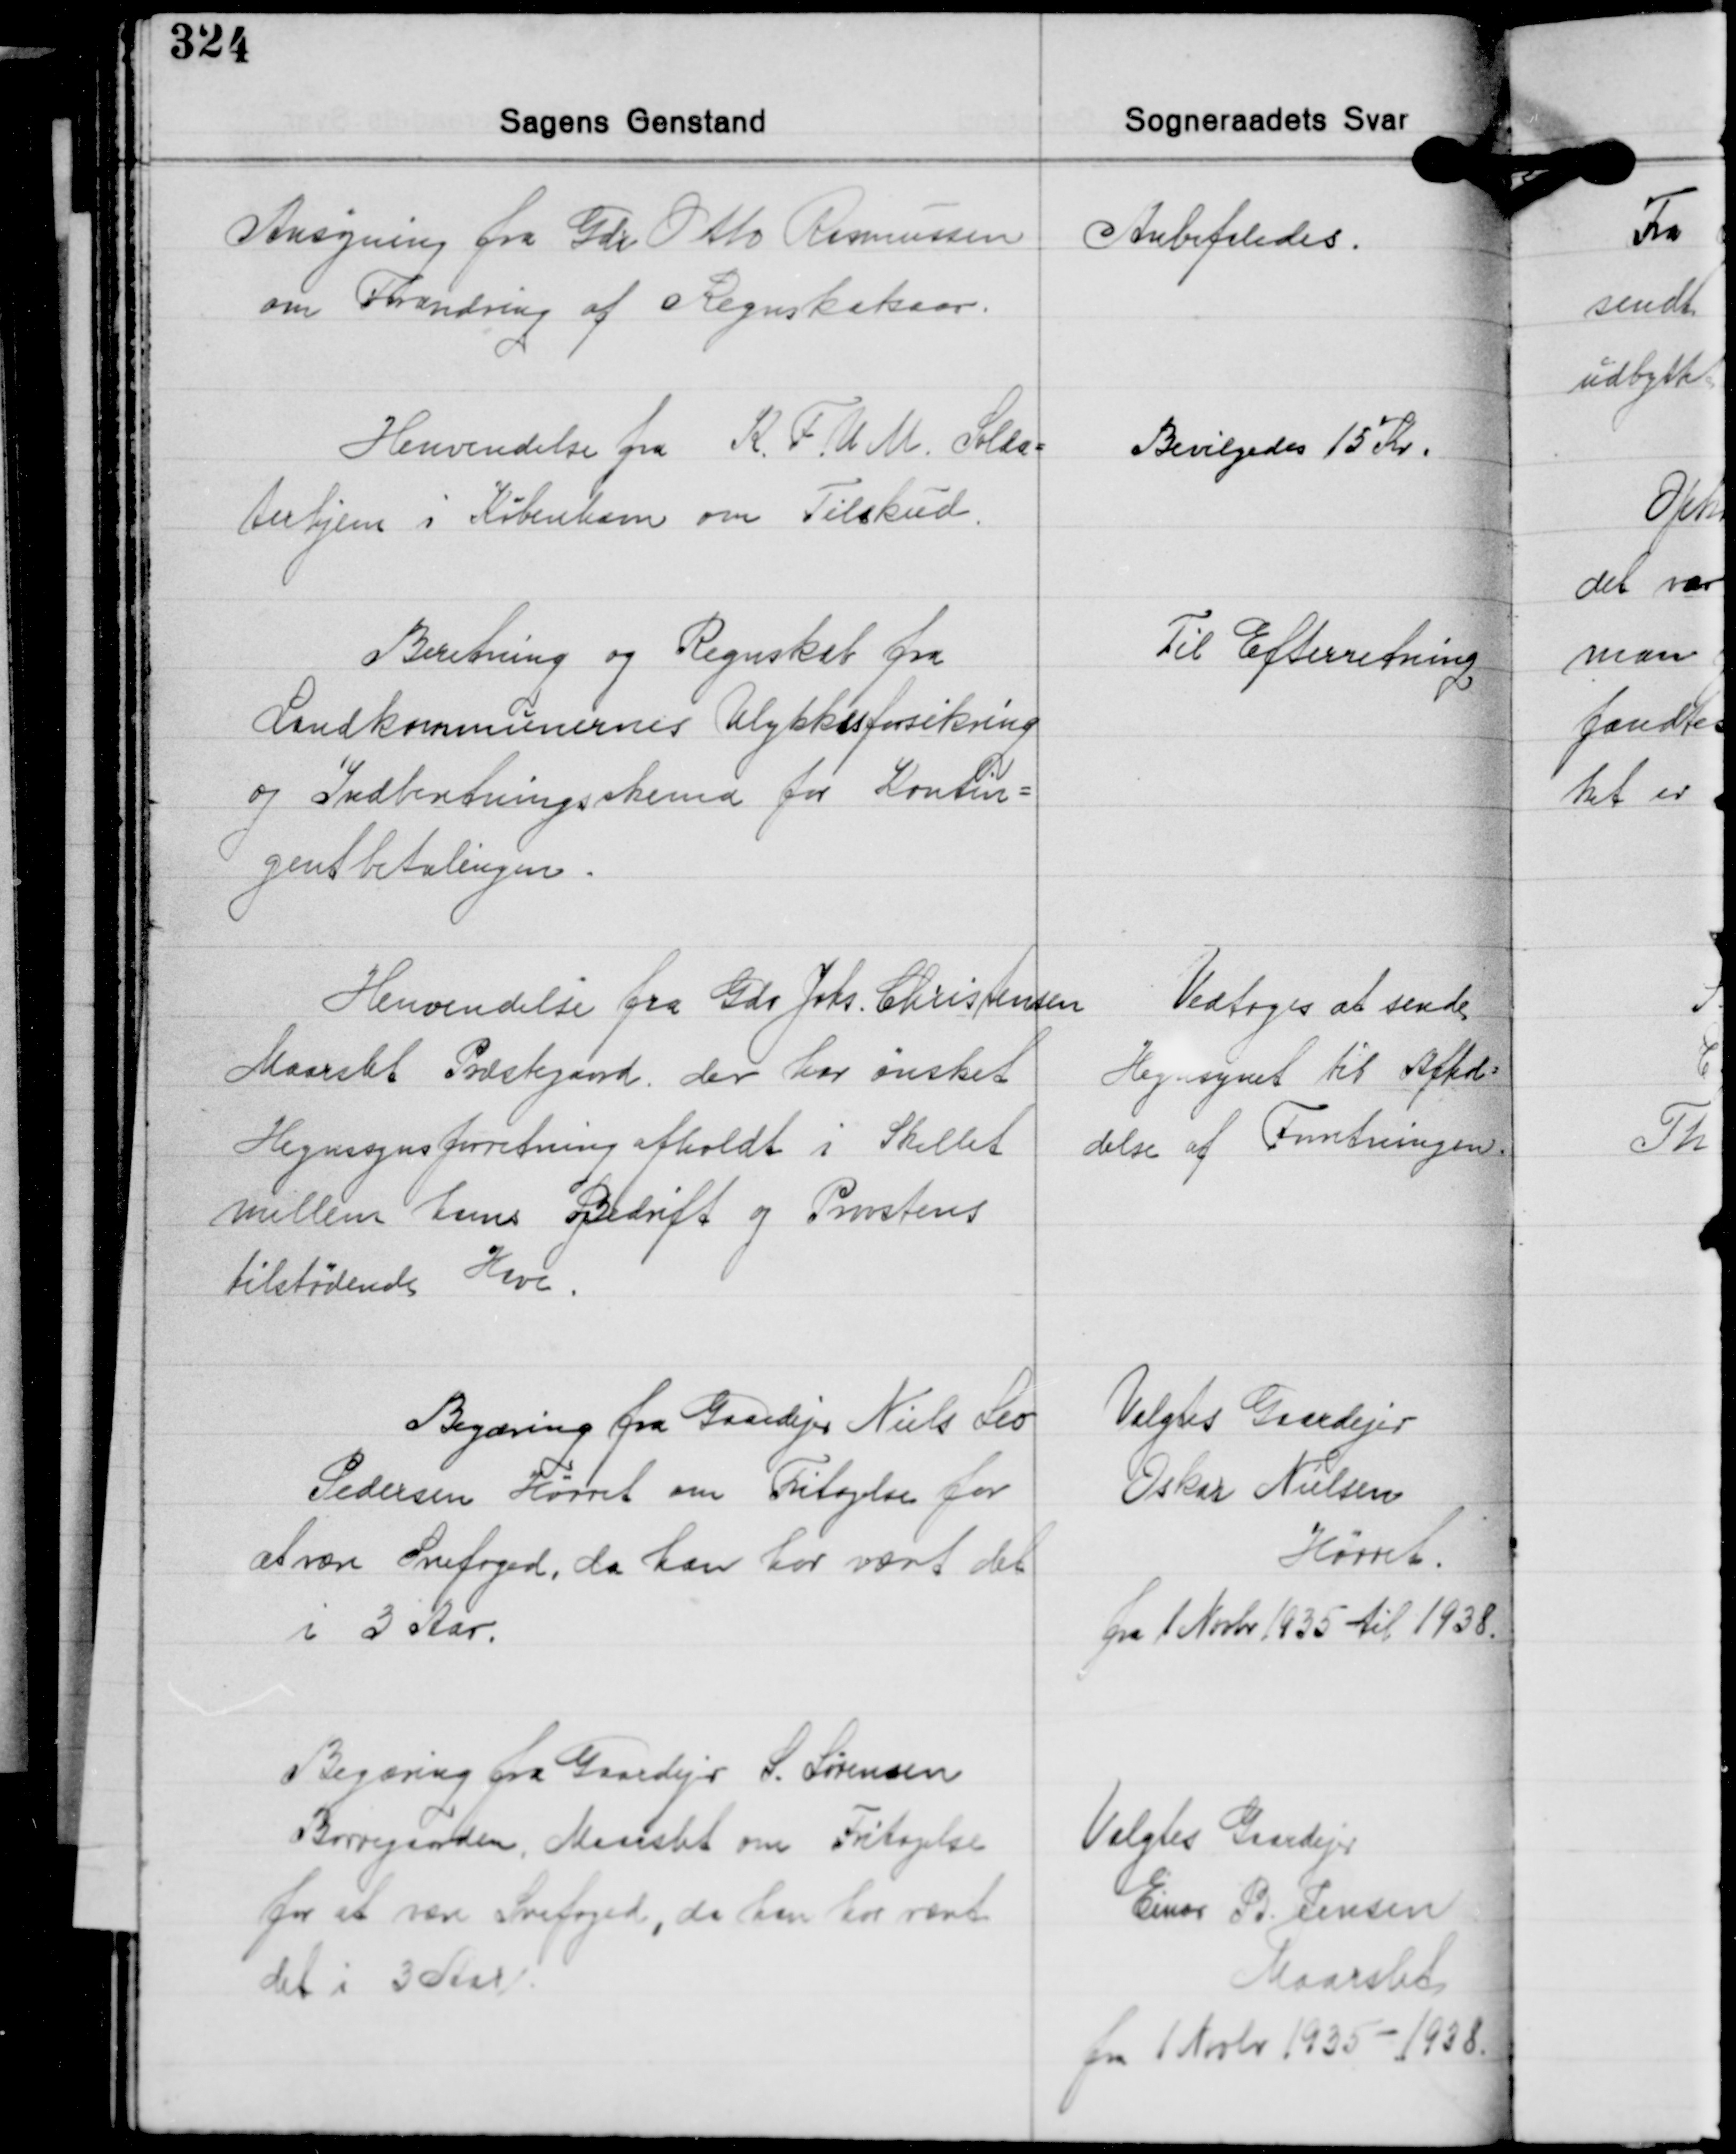
Transskription:
Ansøgning fra Gdr. Otto Rasmussen
om Forandring af Regnskabsaar.

Anbefaledes.

Henvendelse fra K. F. U. M. Solda-
terhjem i København om Tilskud.

Bevilgedes 15 Kr.

Til Efterretning

Beretning og Regnskab fra
Landkommunernes Ulykkesforsikring
og Indberetningsskema for Kontin-
gentbetalingen.

Henvendelse fra Gdr. Johs. Christensen
Maarslet Præstegaard, der har ønsket
Hegnssynsforretning afholdt i Skellet
mellem hans Bedrift og Provstens
tilstødende Have.

Vedtoges at sende
Hegnsynet til Afhol-
delse af Forretningen

Begæring fra Gaardejer Niels Leo
Pedersen Hørret om Fritagelse for
at være Snefoged, da han var vært det
i 3 Aar.

Valgtes Gaardejer
Oskar Nielsen
Hørret.
fra 1 Novbr. 1935 til 1938.

Begæring fra Gaardejer S. Sørensen
Borregaarden, Maarslet om Fritagelse
for at være Snefoged, da han for været
det i 3 Aar

Valgtes Gaardejer
Einar B. Jensen
Maarslet
fra 1 Novbr. 1935- 1938.